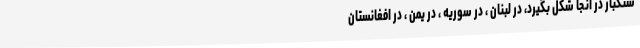
ستکبار در آنجا شکل بگیرد، در لبنان ، در سوریه ، در یمن ، در افغانستان